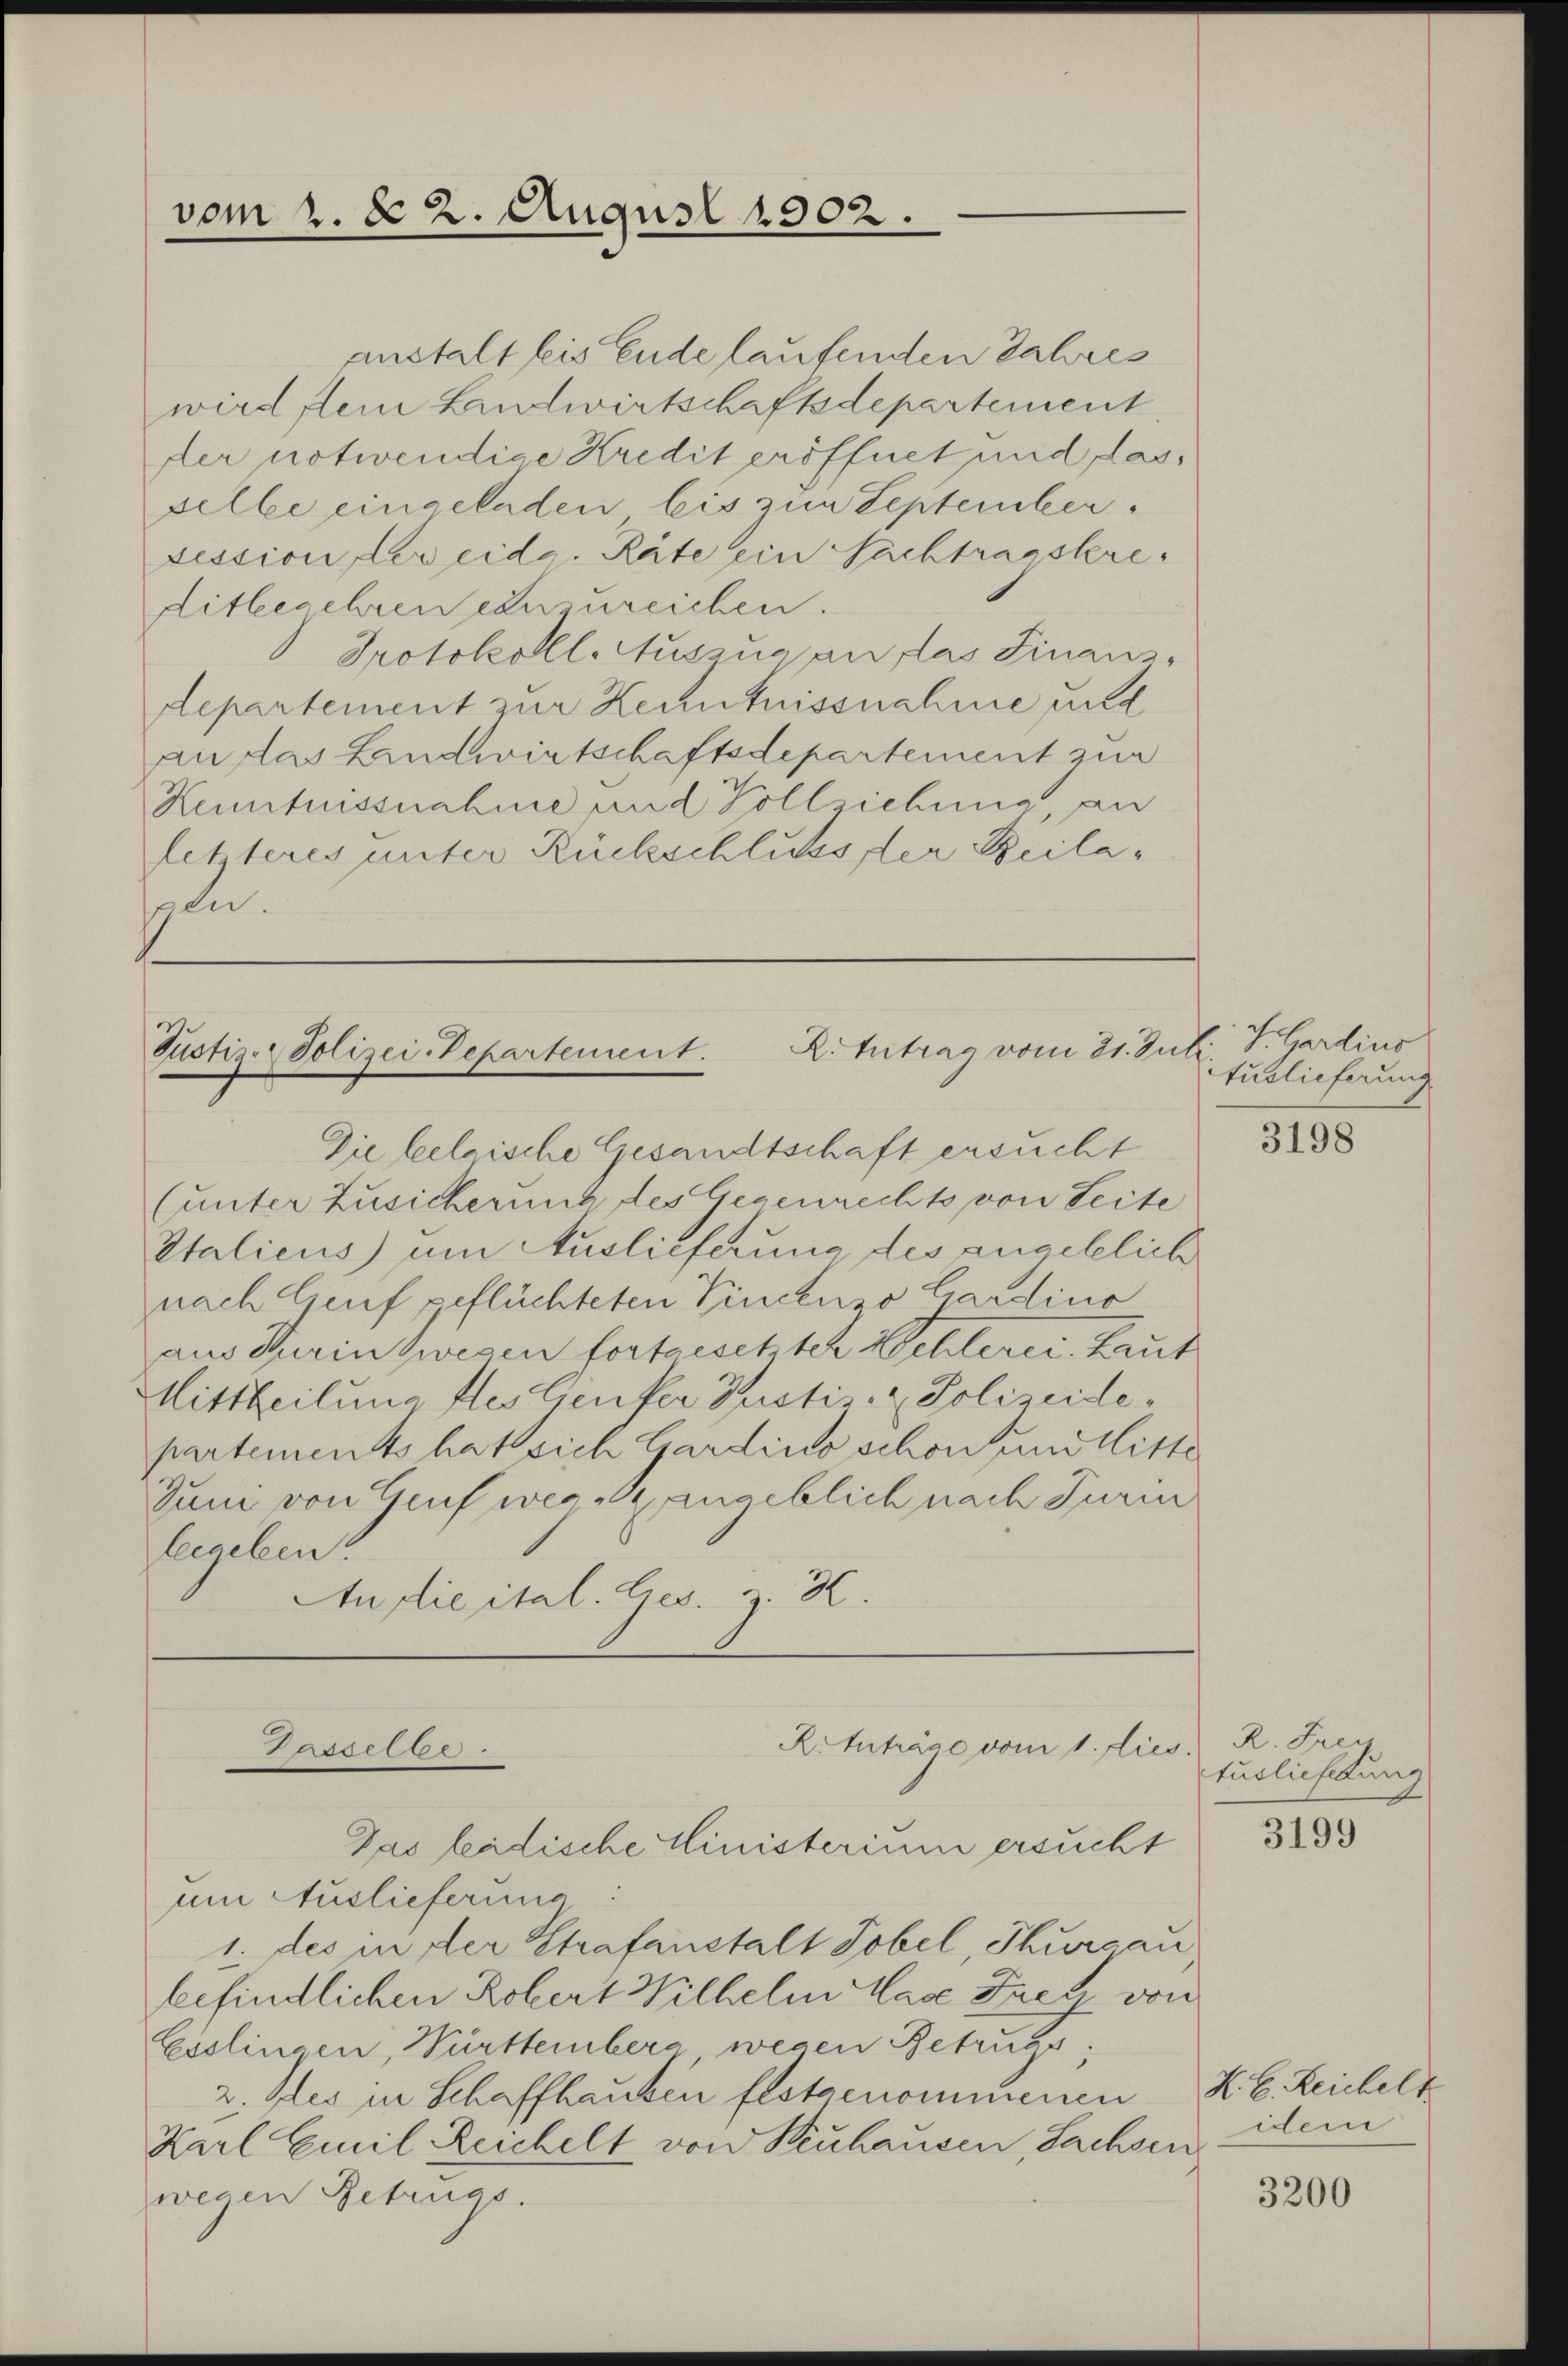
vom 2. 82. August 1902.

enstalt leis Ende laufenden Jahres
wird, dein Landwirtschaftsdepartement
der notwendige Kredit eröffnet und das,
pelbe eingeladen bis zum September.
ression der eidg. Räte ein Nachtragstere
ditbegehren einzureichen.
Protokolll-Auszug an das Finanzdepartement zur Kenntnissnahme mild
an das Landwirtschaftsdepartement zur
Kenntnissnahme und Vollziehung an
letzteres unter Rückschlusser Beilasen.

R. Antrag vom 21. Jul
Justiz-Polizei Departement.

Die belgische Gesandtschaft ersucht
(unter Zusicherung des Gegenrechts von Seite
Italicus um Auslieferung des angeblich
nach Genf geflüchteten Vincenzo Gardino
aus Turin zwegen fortgesetisch Hochlerei. Leut
Mittheilung fles Genfer Justiz- & Polizeidepartements hat sich Gardino schon und litte
Juni von Genf weggangeblich nach Turin
leegeben.
tu die ital. Ges. z. K.

um Auslieferung
1. des in der Strafanstalt Tobel, Thurgau
befindlichen Robert Wilhelm Nase Frey von
Esslingen, Württemberg wegen Betreffe
2. des in Schaffhausen festgenommenen
Karl Emil Zeichelt von Neuhausen, Sachsen dem
wegen Betrugs.

Ritnträge vom 1. dies R. Frey
Dasselber
Das leidische Ministerium ersucht

Sardins
tuslieferung

tuslieferung

3198

3199

K. H. Reichelt

3200